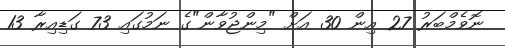
ނޮވެމްބަރު 27 އިން 30 އަށް "މިންޖުވާން"ގެ ނަމުގައި 73 ގަޑިއިރާ 13